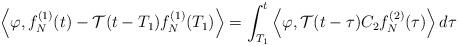
LaTeX: \begin{align*}\begin{aligned}& \left< \varphi,f_N^{(1)} (t) - \mathcal{T} (t-T_1) f_N^{(1)} (T_1) \right> = \int_{T_1}^t \left<\varphi, \mathcal{T} (t-\tau) C_2 f_N^{(2)} (\tau) \right> d\tau\end{aligned}\end{align*}